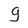
Character: g